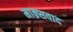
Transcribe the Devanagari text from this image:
माक्र्सवाद